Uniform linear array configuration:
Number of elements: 32
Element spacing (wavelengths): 0.5
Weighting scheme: blackman
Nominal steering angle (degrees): -60
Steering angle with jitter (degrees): -59.752
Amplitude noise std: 0.05
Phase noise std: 0.05

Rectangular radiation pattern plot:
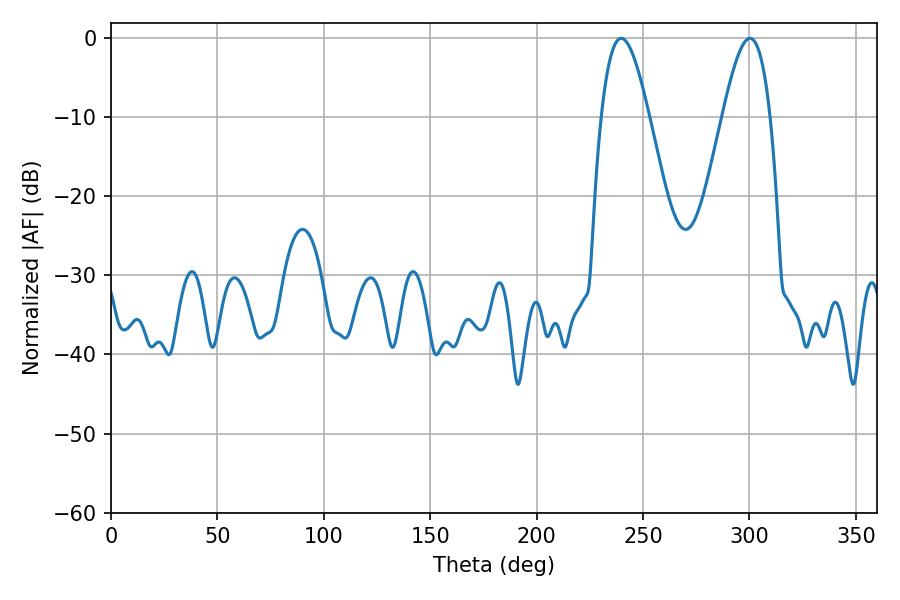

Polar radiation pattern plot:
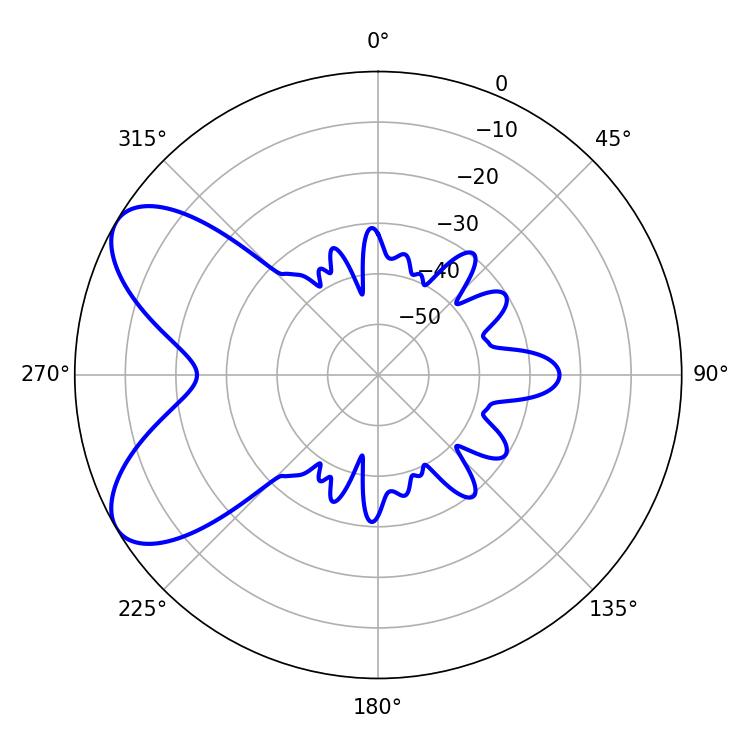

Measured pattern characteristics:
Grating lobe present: FALSE
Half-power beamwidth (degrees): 12.24
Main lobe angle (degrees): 239.76